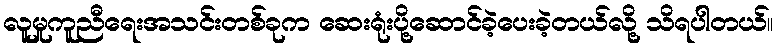
လူမှုကူညီရေးအသင်းတစ်ခုက ဆေးရုံးပို့ဆောင်ခဲ့ပေးခဲ့တယ်လို့ သိရပါတယ်။